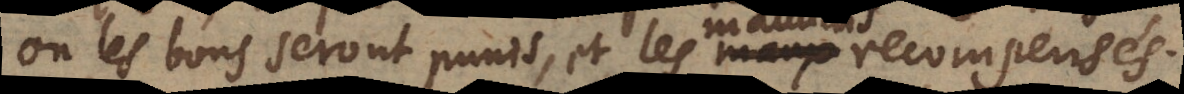
où les bons seront punis, et les maux recompensés.